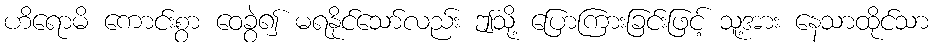
ဟိရောမိ ကောင်းစွာ ဝေခွဲ၍ မရနိုင်သော်လည်း ဤသို့ ပြောကြားခြင်းဖြင့် သူ့အား နေသာထိုင်သာ